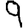
Digit: 9